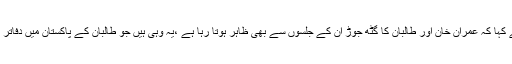
ترجمان بلاول بھٹو زرداری نے کہا کہ عمران خان اور طالبان کا گٹھ جوڑ ان کے جلسوں سے بھی ظاہر ہوتا رہا ہے ،یہ وہی ہیں جو طالبان کے پاکستان میں دفاتر کھولنے کا مطالبہ کرتے رہے۔